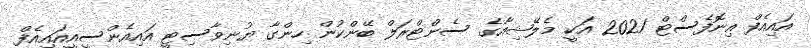
އައިއެފް އިނޮފެސްޓް 2021 އަކީ މެލޭޝިއާގެ ސެންޓްރަލް ބޭންކުން ހިންގާ ޔުނިވާސިޓީ އައިއެންސީއީއައިއެފް